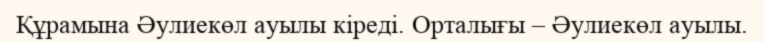
Құрамына Әулиекөл ауылы кіреді. Орталығы – Әулиекөл ауылы.